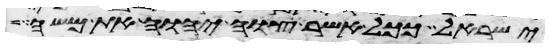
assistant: ישראל ככל אשר צוה יהוה את משה